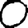
Digit: 0